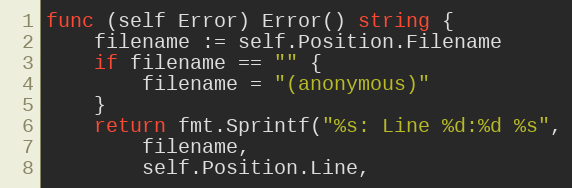
Language: Go
func (self Error) Error() string {
	filename := self.Position.Filename
	if filename == "" {
		filename = "(anonymous)"
	}
	return fmt.Sprintf("%s: Line %d:%d %s",
		filename,
		self.Position.Line,